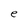
Character: e